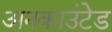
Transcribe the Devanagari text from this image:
अनकाउंटेड